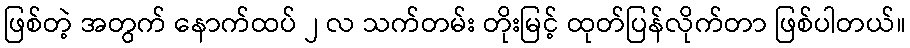
ဖြစ်တဲ့ အတွက် နောက်ထပ် ၂ လ သက်တမ်း တိုးမြင့် ထုတ်ပြန်လိုက်တာ ဖြစ်ပါတယ်။